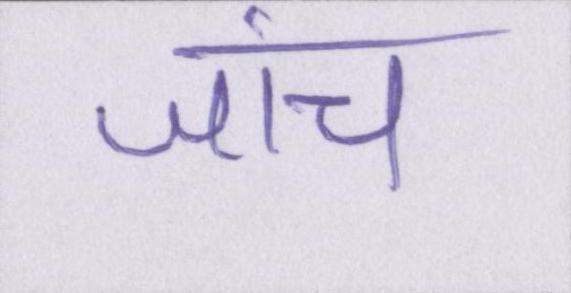
जांच